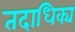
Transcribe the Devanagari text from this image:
तदाधिक्य